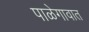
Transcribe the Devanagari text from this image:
पाळेगावात